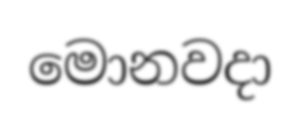
මොනවදා